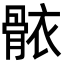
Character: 𮪩